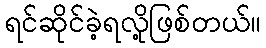
ရင်ဆိုင်ခဲ့ရလို့ဖြစ်တယ်။